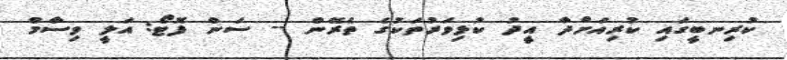
ކުރިނބީގައި ކުރިއަށްދާ އީދު ކުޅިވަރުތަކުގެ ތެރޭން -- ސަން ފޮޓޯ: އަލީ ވިސާމް